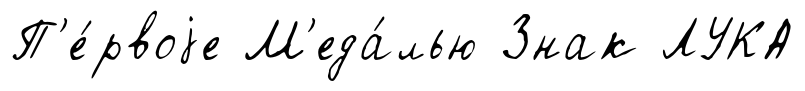
П'е́рвоjе М'еда́лью Знак ЛУКА